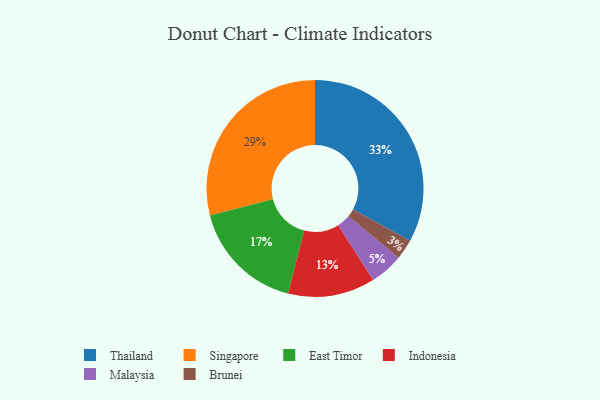
{"axis": {"x": "Category", "y": "Percentage"}, "legend": ["Brunei", "East Timor", "Indonesia", "Malaysia", "Singapore", "Thailand"], "data": [{"x": "Brunei", "y": 3, "type": "Brunei"}, {"x": "Malaysia", "y": 5, "type": "Malaysia"}, {"x": "Indonesia", "y": 13, "type": "Indonesia"}, {"x": "Singapore", "y": 29, "type": "Singapore"}, {"x": "East Timor", "y": 17, "type": "East Timor"}, {"x": "Thailand", "y": 33, "type": "Thailand"}]}